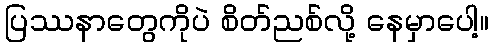
ပြဿနာတွေကိုပဲ စိတ်ညစ်လို့ နေမှာပေါ့။